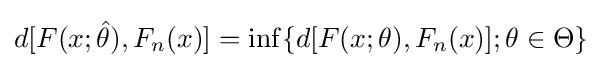
d[F(x;{\hat {\theta }}),F_{n}(x)]=\inf\{d[F(x;\theta ),F_{n}(x)];\theta \in \Theta \}